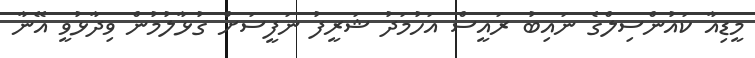
މީޑިއާ ކައުންސިލްގެ ނައިބު ރައީސް އަހުމަދު ޝަރީފު ނަފީސަށް ގުޅާލުމުން ވިދާޅުވީ އޭނާ